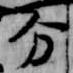
分